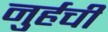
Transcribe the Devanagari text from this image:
नुर्हची